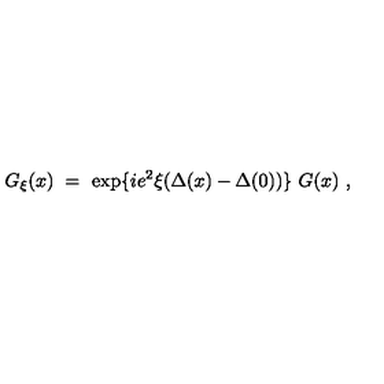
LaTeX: G _ { \xi } ( x ) \ = \ \exp \{ i e ^ { 2 } \xi ( \Delta ( x ) - \Delta ( 0 ) ) \} \ G ( x ) \ ,